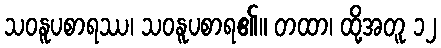
သဝနူပစာရဿ၊ သဝနူပစာရ၏။ တထာ၊ ထို့အတူ ၁၂